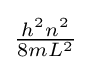
{\textstyle {\frac {h^{2}n^{2}}{8mL^{2}}}}